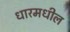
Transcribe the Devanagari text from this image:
धारमधील